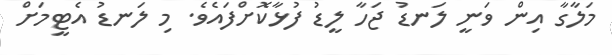
މަލާގާ އިން ވަނީ ލަނޑު ޖަހާ ލީޑު ފުޅާކޮށްފައެވެ. މި ލަނޑު އެޓީމަށް